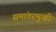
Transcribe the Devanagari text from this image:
समांतरमुखी